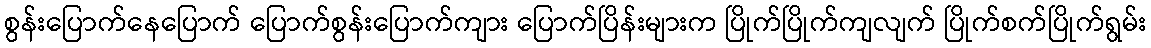
စွန်းပြောက်နေပြောက် ပြောက်စွန်းပြောက်ကျား ပြောက်ပြိန်းများက ပြိုက်ပြိုက်ကျလျက် ပြိုက်စက်ပြိုက်ရွမ်း